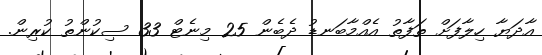
އާދަޔާ ހިލާފަށް ތަފާތު އެއްމާބަނޑު ދެބެން 25 މިނެޓް 33 ސިކުންތު ކުރިން.